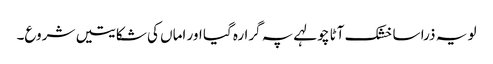
لو یہ ذرا سا خشک آٹا چولہے پہ گرا رہ گیا اور اماں کی شکایتیں شروع۔